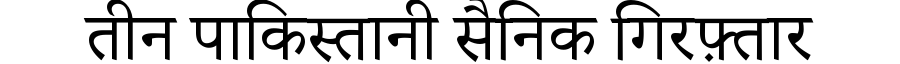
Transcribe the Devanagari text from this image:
तीन पाकिस्तानी सैनिक गिरफ़्तार